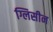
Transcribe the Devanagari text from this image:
ग्लिसीन